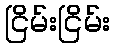
ငြိမ်းငြိမ်း